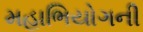
મહાભિયોગની